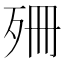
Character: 𣧱